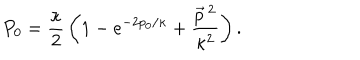
LaTeX: P _ { 0 } = \frac \kappa 2 \, \left( 1 - e ^ { - 2 p _ { 0 } / \kappa } + \frac { \vec { p } \, { } ^ { 2 } } { \kappa ^ { 2 } } \right) .